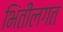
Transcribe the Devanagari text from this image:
भिंतींलगत